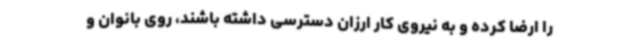
را ارضا کرده و به نیروی کار ارزان دسترسی داشته باشند، روی بانوان و